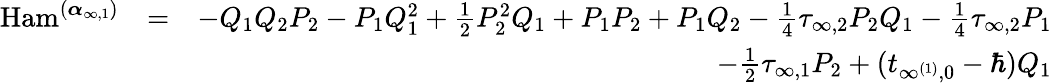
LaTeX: \begin{array}{rlr}{\mathrm{Ham}^{(\boldsymbol{\alpha}_{{\infty,1}})}}&{=}&{-Q_{1}Q_{2}P_{2}-P_{1}Q_{1}^{2}+\frac{1}{2}P_{2}^{2}Q_{1}+P_{1}P_{2}+P_{1}Q_{2}-\frac{1}{4}\tau_{\infty,2}P_{2}Q_{1}-\frac{1}{4}\tau_{\infty,2}P_{1}}\\ &{}&{-\frac{1}{2}\tau_{\infty,1}P_{2}+(t_{\infty^{(1)},0}-\hbar)Q_{1}}\end{array}